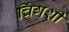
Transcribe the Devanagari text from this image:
चिंगशी